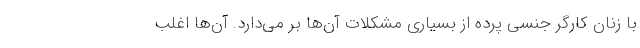
با زنان کارگر جنسی پرده از بسیاری مشکلات آن‌ها بر می‌دارد. آن‌ها اغلب